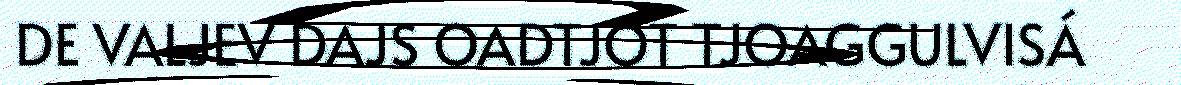
DE VALJEV DAJS OADTJOT TJOAGGULVISÁ